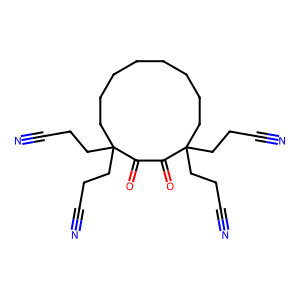
SMILES: N#CCCC1(CCC#N)CCCCCCCCC(CCC#N)(CCC#N)C(=O)C1=O
Inhibits HIV replication: No